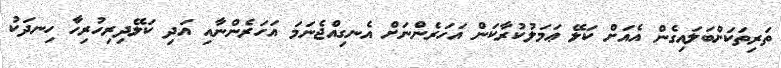
ތަރިތަކަށްބަލައިގެން އެއަށް ކަލޭ ޢަމަލުކުރާކަން އަހަރެންނަށް އެނގިއްޖެނަމަ އަހަރެންނާއި އަދި ކަލޭދިރިހުރިހާ ހިނދަކު